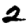
Digit: 2